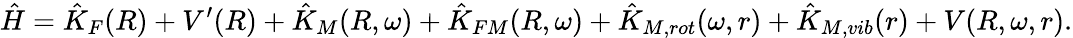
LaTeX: \hat{H}=\hat{K}_{F}(R)+V^{\prime}(R)+\hat{K}_{M}(R,\omega)+\hat{K}_{FM}(R,\omega)+\hat{K}_{M,rot}(\omega,r)+\hat{K}_{M,vib}(r)+V(R,\omega,r).